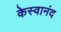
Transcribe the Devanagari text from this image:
केस्वानंद